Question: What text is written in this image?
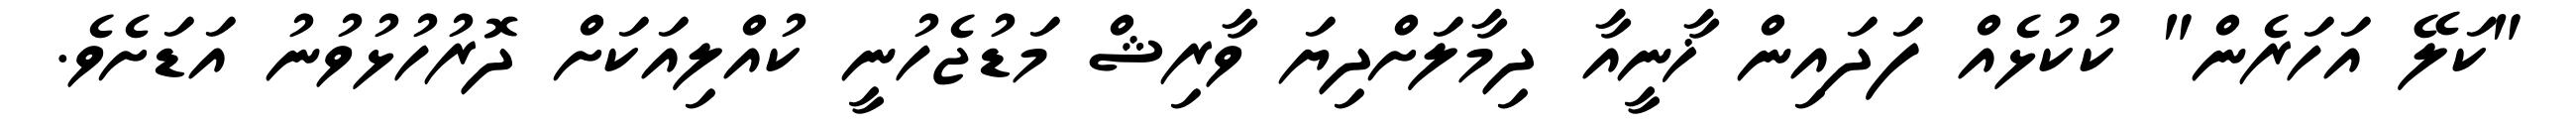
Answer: "ކަލޭ އަހަރެން" ކުކުޅެއް ފަދައިން ޚާނީއާ ދިމާލަށްދިޔަ ވާރިޝް މަޑުޖެހުނީ ކުއްލިއަކަށް ދޮރުހުޅުވުނު އަޑަށެވެ.